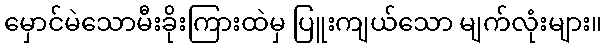
မှောင်မဲသောမီးခိုးကြားထဲမှ ပြူးကျယ်သော မျက်လုံးများ။